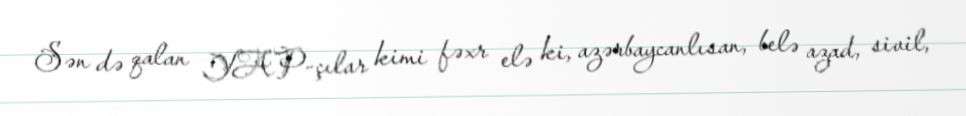
Sən də qalan YAP-çılar kimi fəxr elə ki, azərbaycanlısan, belə azad, sivil,